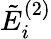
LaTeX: \tilde{E}_{i}^{(2)}